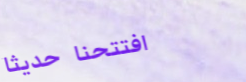
افتتحنا حديثاً